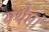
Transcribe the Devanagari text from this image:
यथेमां